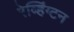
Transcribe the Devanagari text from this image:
रेव्हिंग्टन